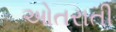
ઓતરાતી